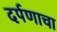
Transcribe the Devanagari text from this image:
दर्पणाचा